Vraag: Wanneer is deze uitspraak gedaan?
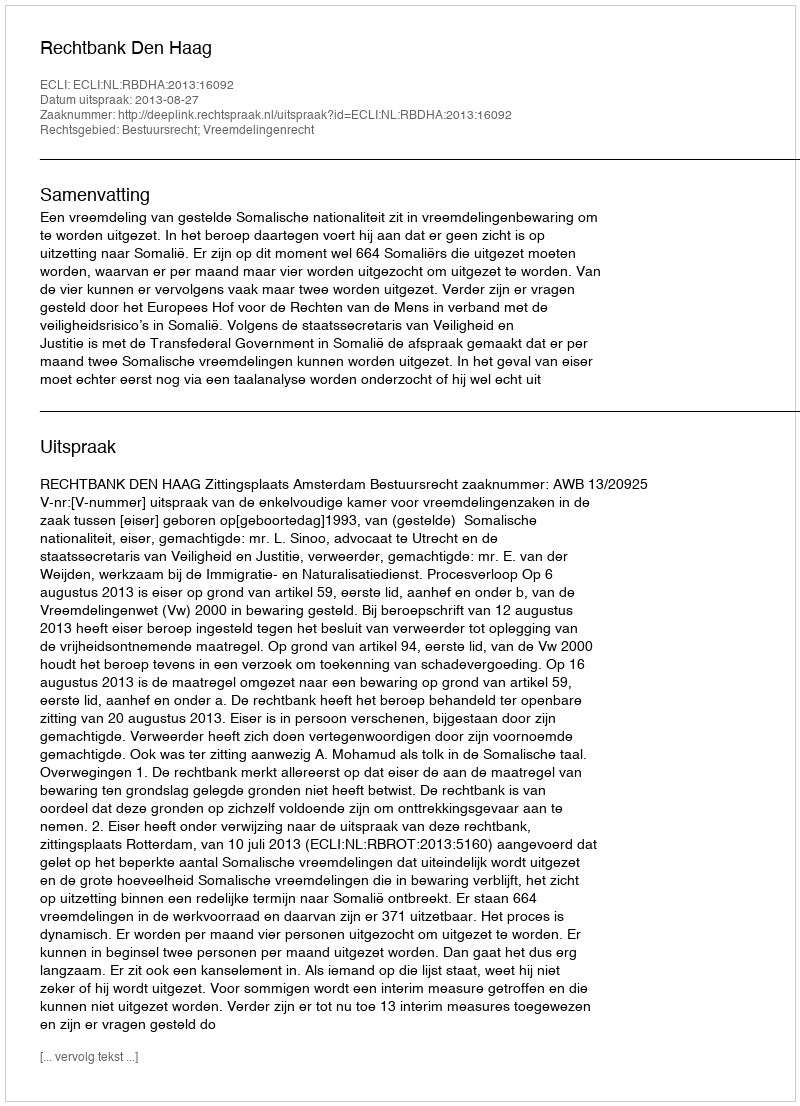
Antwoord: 2013-08-27